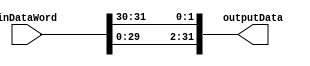
//Modu Kombinacyjny wykonujcy ROTL o 2 bity.

module NeokeonROTL32by2fun(
	input wire [31:0] inDataWord, //Wejscie 32 bitowe magistrali danych
	output wire [31:0] outputData //Wyjscie 32 bitowe magistrali danych
);
//test z tb przeszedl prawidlowo


assign outputData = {inDataWord[29:0],inDataWord[31:30]};

endmodule